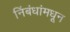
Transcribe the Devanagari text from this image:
निंबंधांमधून